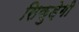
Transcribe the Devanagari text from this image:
सिकुड़ेगी